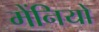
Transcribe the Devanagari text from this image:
मेंनियो